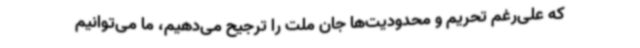
که علی‌رغم تحریم و محدودیت‌ها جان ملت را ترجیح می‌دهیم، ما می‌توانیم